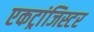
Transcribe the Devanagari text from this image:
एकट्रांजिस्टर